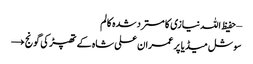
– حفیظ اللہ نیازی کا مسترد شدہ کالم
سوشل میڈیا پر عمران علی شاہ کے تھپڑ کی گونج →